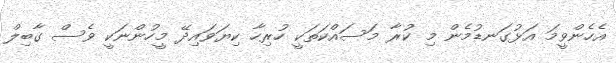
އެހެންވީމަ އަޅުގަނޑުމެން މި ކުރާ މަސައްކަތަކީ ހުރިހާ ކިޔަވައިދޭ މީހުންނަކީ ވެސް ގާބިލް